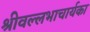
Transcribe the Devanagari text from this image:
श्रीवल्लभाचार्यका